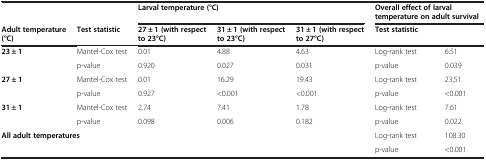
<table><thead><tr><td colspan="2"></td><td colspan="3"><b>Larval temperature (°C)</b></td><td colspan="2"><b>Overall effect of larval temperature on adult survival</b></td></tr><tr><td><b>Adult temperature (°C)</b></td><td><b>Test statistic</b></td><td><b>27 ± 1 (with respect to 23°C)</b></td><td><b>31 ± 1 (with respect to 23°C)</b></td><td><b>31 ± 1 (with respect to 27°C)</b></td><td colspan="2"><b>Test statistic</b></td></tr></thead><tbody><tr><td rowspan="2"><b>23 ± 1</b></td><td>Mantel-Cox test</td><td>0.01</td><td>4.88</td><td>4.63</td><td>Log-rank test</td><td>6.51</td></tr><tr><td>p-value</td><td>0.920</td><td>0.027</td><td>0.031</td><td>p-value</td><td>0.039</td></tr><tr><td rowspan="2"><b>27 ± 1</b></td><td>Mantel-Cox test</td><td>0.01</td><td>16.29</td><td>19.43</td><td>Log-rank test</td><td>23.51</td></tr><tr><td>p-value</td><td>0.927</td><td>&lt;0.001</td><td>&lt;0.001</td><td>p-value</td><td>&lt;0.001</td></tr><tr><td rowspan="2"><b>31 ± 1</b></td><td>Mantel-Cox test</td><td>2.74</td><td>7.41</td><td>1.78</td><td>Log-rank test</td><td>7.61</td></tr><tr><td>p-value</td><td>0.098</td><td>0.006</td><td>0.182</td><td>p-value</td><td>0.022</td></tr><tr><td rowspan="2" colspan="5"><b>All adult temperatures</b></td><td>Log-rank test</td><td>108.30</td></tr><tr><td>p-value</td><td>&lt;0.001</td></tr></tbody></table>